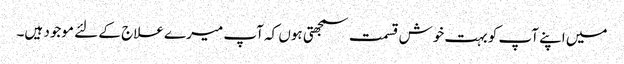
میں اپنے آپ کو بہت خوش قسمت سمجھتی ہوں کہ آپ میرے علاج کے لئے موجود ہیں۔